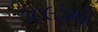
૧૮૯૩થી